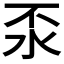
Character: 𣲮